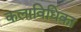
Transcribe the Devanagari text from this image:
कलाविधिका